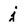
Character: j